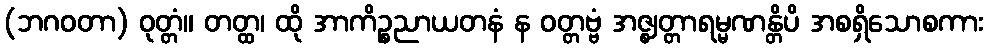
(ဘဂဝတာ) ဝုတ္တံ။ တတ္ထ၊ ထို အာကိဉ္စညာယတနံ န ဝတ္တဗ္ဗံ အဇ္ဈတ္တာရမ္မဏန္တိပိ အစရှိသောစကား